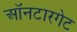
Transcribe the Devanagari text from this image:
ऑनटारगेट